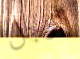
الرجل